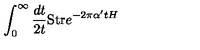
\int _ { 0 } ^ { \infty } \frac { d t } { 2 t } \mathrm { S t r } e ^ { - 2 \pi \alpha ^ { \prime } t H }